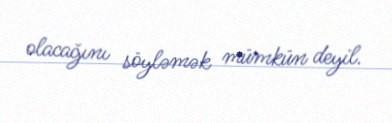
olacağını söyləmək mümkün deyil.